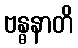
ဗန္ဓနာတိ